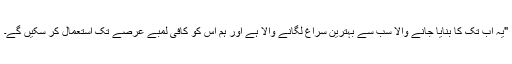
"یہ اب تک کا بنایا جانے والا سب سے بہترین سراغ لگانے والا ہے اور ہم اس کو کافی لمبے عرصے تک استعمال کر سکیں گے۔